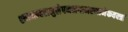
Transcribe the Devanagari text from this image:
श्यामम्बरानुलेपनस्रगाभरणामेकवक्त्रां